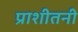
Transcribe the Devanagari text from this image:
प्राशीतनी